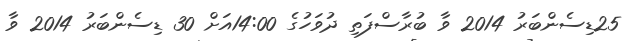
25ޑިސެންބަރު 2014 ވާ ބުރާސްފަތި ދުވަހުގެ 14:00އަށް 30 ޑިސެންބަރު 2014 ވާ